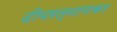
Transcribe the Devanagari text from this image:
दीपरत्नाणकर